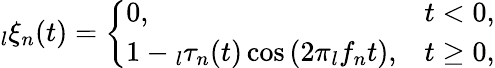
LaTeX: \phantom{}_{l}\xi_{n}(t)=\left\{ \begin{array}{ll}{0,}&{t<0,}\\ {1-\phantom{}_{l}\tau_{n}(t)\cos\left(2\pi\phantom{}_{l}f_{n}t\right),}&{t\geq 0,}\end{array}\right.